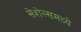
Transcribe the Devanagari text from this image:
सेशेल्समध्ये